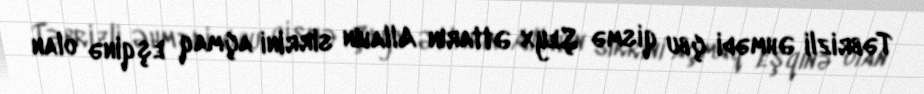
Təbrizli Əhmədi çbu qismə Şeyx Əttarın Allahın sirrini açmaq eşqinə olan